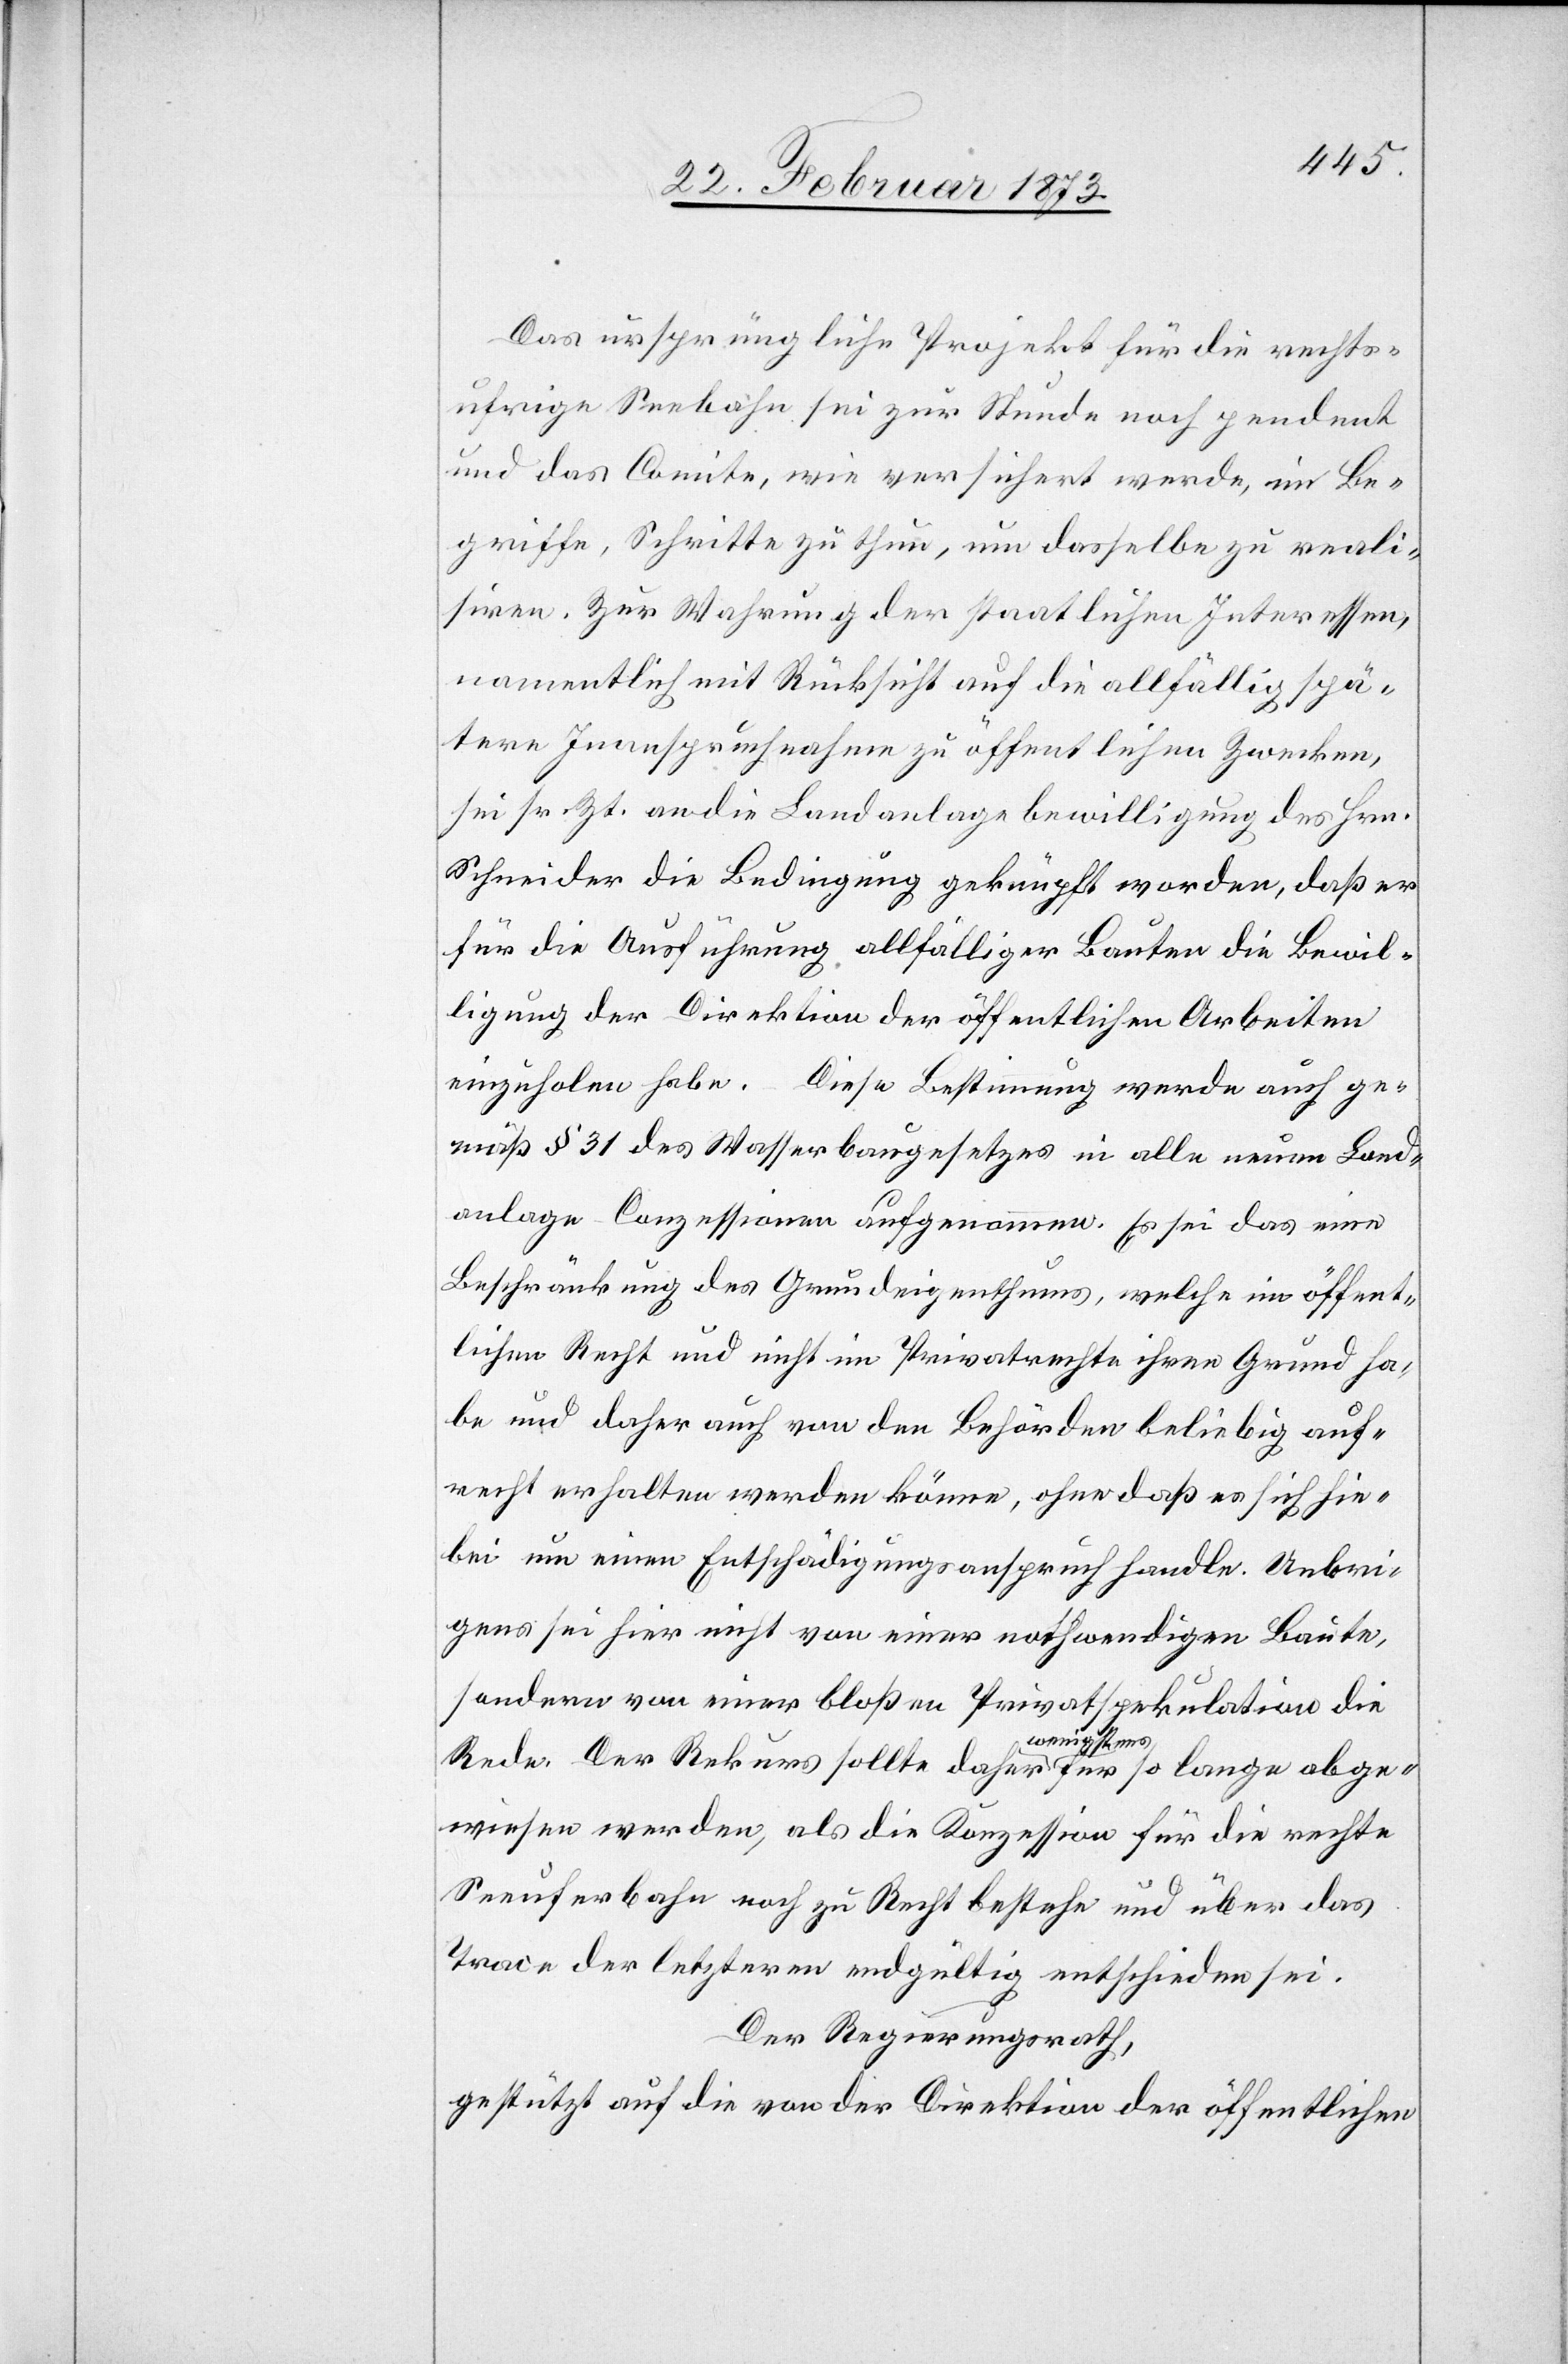
Das ursprüngliche Projekt für die rechts¬
ufrige Seebahn sei zur Stunde noch pendent
und das Comite, wie versichert werde, im Be¬
griffe, Schritte zu thun, um dasselbe zu reali¬
siren. Zur Wahrung der staatlichen Interessen,
namentlich mit Rücksicht auf die allfällig spä¬
tere Inanspruchnahme zu öffentlichen Zwecken,
sei sr. Zt. an die Landanlage Bewilligung des Hrn.
Schneider die Bedingung geknüpft worden, daß er
für die Ausführung allfälliger Bauten die Bewil¬
ligung der Direktion der öffentlichen Arbeiten
einzuholen habe. Diese Bestimmung werde auch ge¬
mäß § 31 des Wasserbaugesetzes in alle neuen Land¬
anlage-Conzessionen aufgenommen. Es sei das eine
Beschränkung des Grundeigenthums, welche im öffent¬
lichen Recht und nicht im Privatrechte ihren Grund ha¬
be und daher auch von den Behörden beliebig auf¬
recht erhalten werden könne, ohne daß es sich hie¬
bei um einen Entschädigungsanspruch handle. Uebri¬
gens sei hier nicht von einer nothwendigen Baute,
sondern von einer bloßen Privatspekulation die
Rede. Der Rekurs sollte daher wenigstens für so lange abge¬
wiesen werden, als die Konzession für die rechte
Seeuferbahn noch zu Recht bestehe und über das
Trace der letzteren endgültig entschieden sei.
Der Regierungsrath,
gestützt auf die von der Direktion der öffentlichen